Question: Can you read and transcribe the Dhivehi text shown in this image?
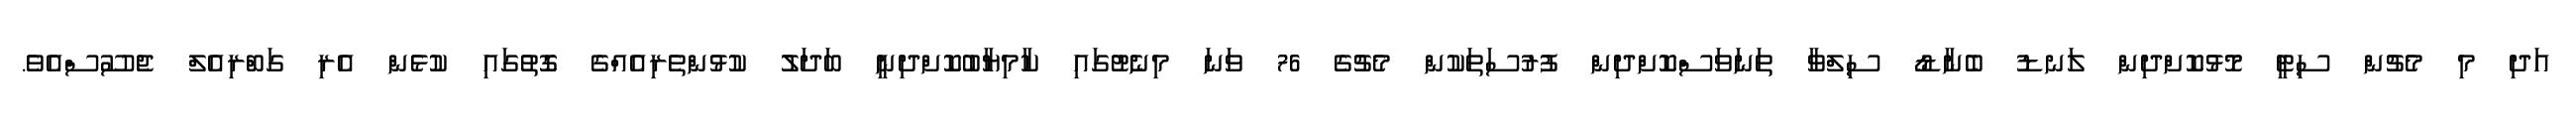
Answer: އަދި މި މެޗުން ސިޓީ މޮޅުކޮށްދިން ލަނޑު ބެނާޑޯ ސިލްވާ ތަނަވަސްކޮށްދިން ފުރުސަތަކުން މެޗުގެ 76 ވަނަ މިނެޓުގައި ކާމިޔާބުކޮށްދިނީ ބަދަލު ކުޅުންތެރިއެއްގެ ގޮތުގައި ކުޅެން އެރި ގަބްރިއެލް ޖެސޫސްއެވެ.